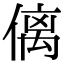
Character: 𠌯